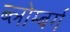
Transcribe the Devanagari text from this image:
ब्लोम्बर्ग